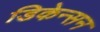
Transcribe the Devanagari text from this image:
डिकेन्सन